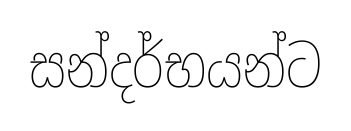
සන්දර්භයන්ට